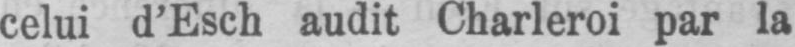
celui d’Esch audit Charleroi par la